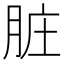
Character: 脏